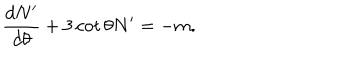
\frac { d N ^ { \prime } } { d \theta } + 3 \cot \theta N ^ { \prime } = - m .